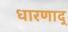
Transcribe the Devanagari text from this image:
धारणाद्